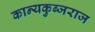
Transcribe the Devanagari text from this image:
कान्यकुब्जराज